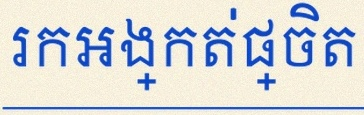
រកអង្កត់ផ្ចិត